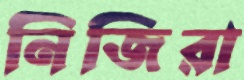
নিজিরা